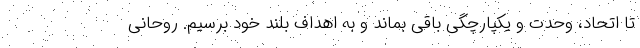
تا اتحاد، وحدت و یکپارچگی باقی بماند و به اهداف بلند خود برسیم. روحانی